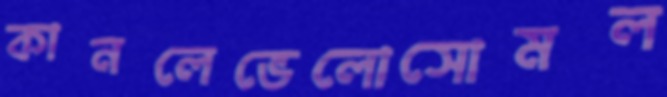
কানলেভেলোসোমল